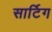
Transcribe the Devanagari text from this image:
सार्टिग